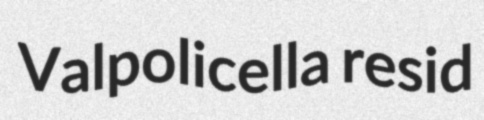
Valpolicella resid